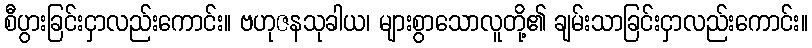
စီပွားခြင်းငှာလည်းကောင်း။ ဗဟုဇနသုခါယ၊ များစွာသောလူတို့၏ ချမ်းသာခြင်းငှာလည်းကောင်း။